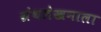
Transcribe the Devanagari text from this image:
ग्रंथलेखनाला